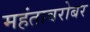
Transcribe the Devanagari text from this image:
महंताबरोबर